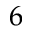
6